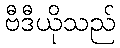
ဗီဒီယိုသည်